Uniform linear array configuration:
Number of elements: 16
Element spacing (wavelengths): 0.75
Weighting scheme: binomial
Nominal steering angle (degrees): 60
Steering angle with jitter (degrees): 58.331
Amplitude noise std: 0.05
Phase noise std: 0.05

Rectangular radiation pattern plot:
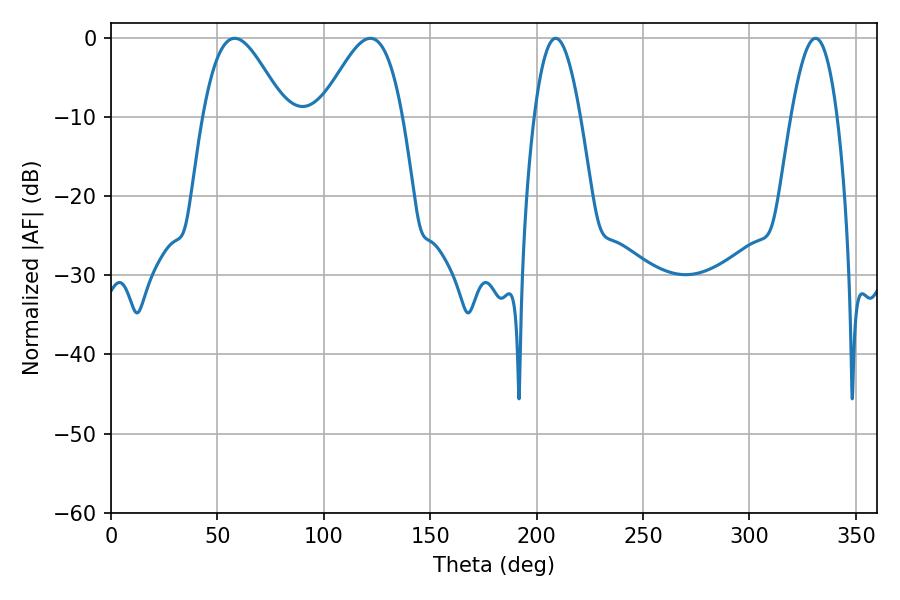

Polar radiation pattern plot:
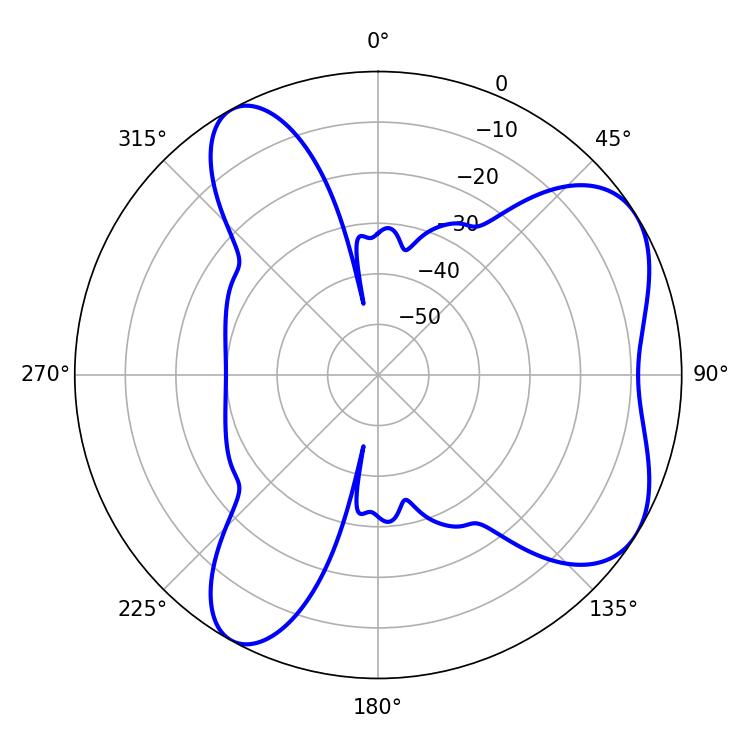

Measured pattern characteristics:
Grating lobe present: TRUE
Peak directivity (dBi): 6.094
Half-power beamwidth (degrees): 20.52
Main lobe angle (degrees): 58.14